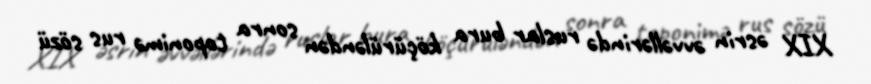
XIX əsrin əvvəllərində ruslar bura köçürüləndən sonra toponimə rus sözü